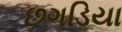
છગડિયા